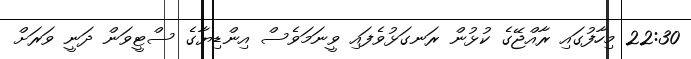
22:30 މިހާފުގައި ރާއްޖޭގެ ކުޅުން ރަނގަޅުވެފައި ވީނަމަވެސް އިންޑިޔާގެ ސްޓީވަން ދަނީ ވަރަށް